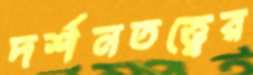
দর্শনতত্ত্বের